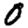
Digit: 0